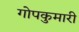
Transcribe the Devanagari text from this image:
गोपकुमारी